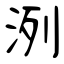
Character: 洌